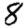
Digit: 8